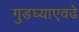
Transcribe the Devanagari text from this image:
गुडघ्याएवढे